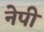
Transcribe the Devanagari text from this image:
नेपी